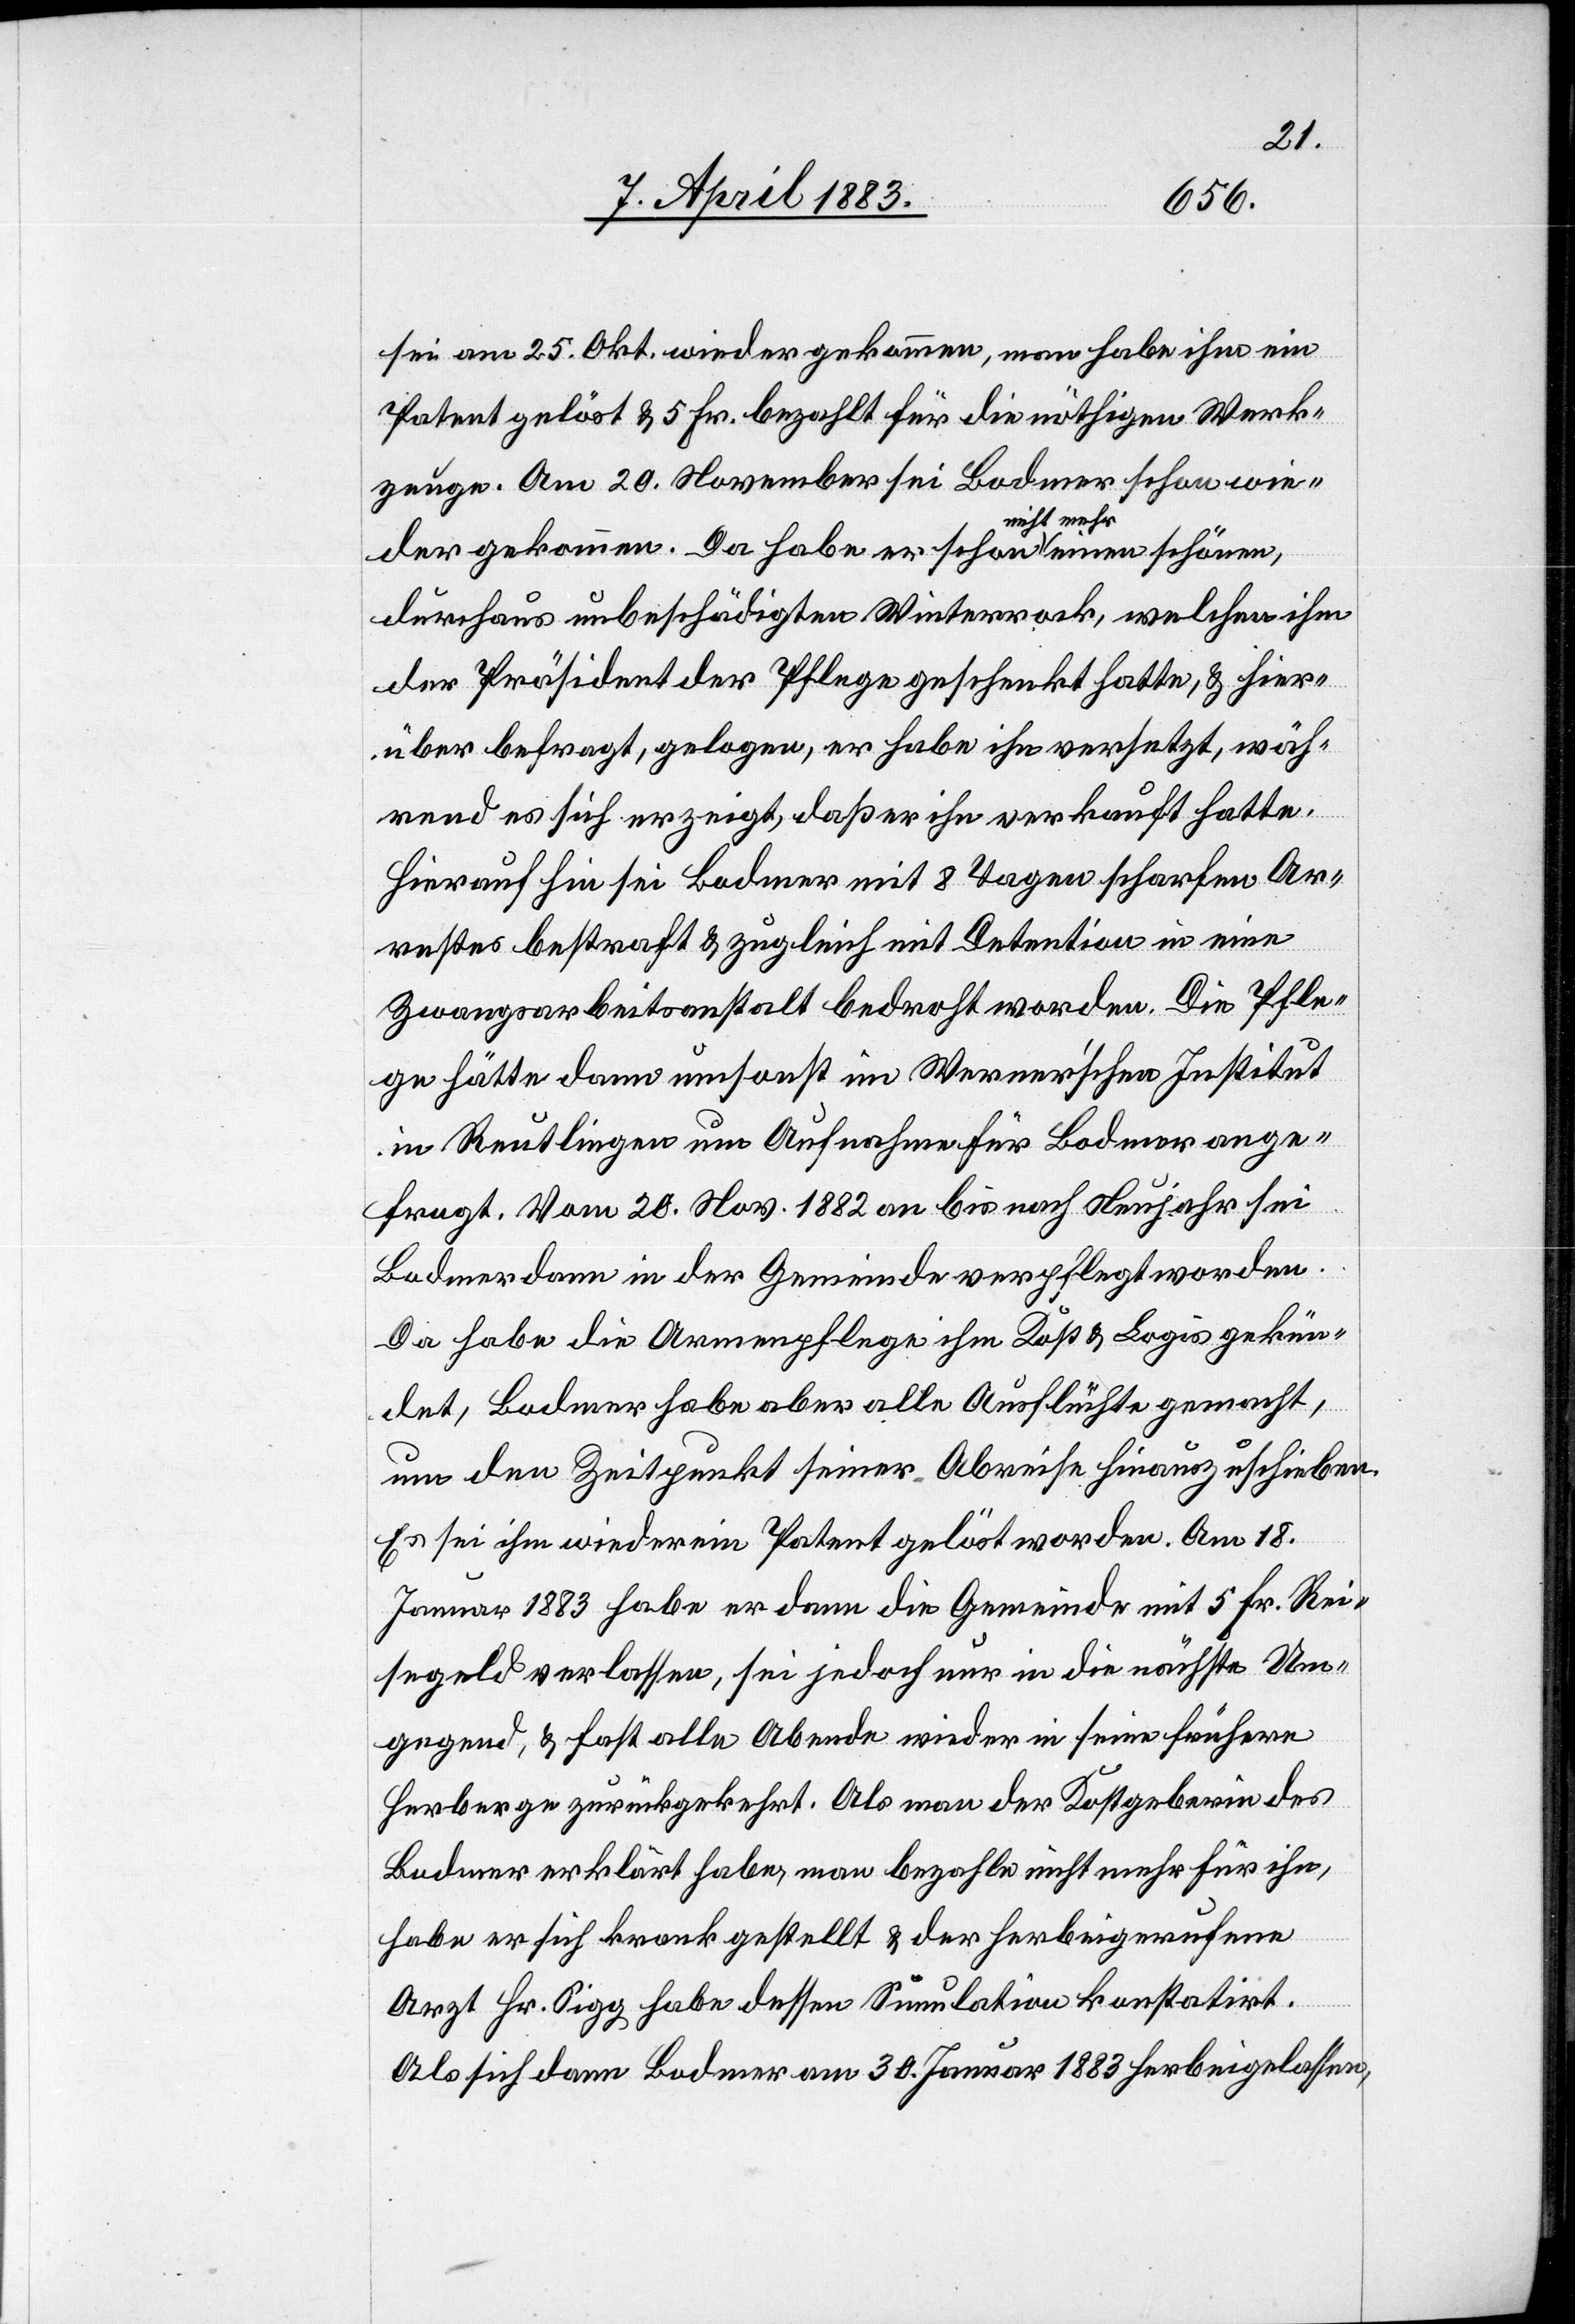
hier¬
sei am 25. Okt. wiedergekommen, man habe ihm ein
Patent gelöst & 5 Fr. bezahlt für die nöthigen Werk¬
zeuge. Am 20. November sei Bodmer schon wie¬
der gekommen. Da habe er schon nicht mehr einen schönen,
durchaus unbeschädigten Winterrock, welchen ihm
der Präsident der Pflege geschenkt hatte [getragen],
über befragt, gelogen, er habe ihn versetzt, wäh¬
rend es sich erzeigt, daß er ihn verkauft hatte.
Hierauf hin sei Bodmer mit 8 Tagen scharfen Ar¬
restes bestraft & zugleich mit Detention in eine
Zwangsarbeitsanstalt bedroht worden. Die Pfle¬
ge hätte dann umsonst im Werner’schen Institut
in Reutlingen um Aufnahme für Bodmer ange¬
fragt. Vom 20. Nov. 1882 an bis nach Neujahr sei
Bodmer dann in der Gemeinde verpflegt worden.
Da habe die Armenpflege ihm Kost & Logis gekün¬
det, Bodmer habe aber alle Ausflüchte gemacht,
um den Zeitpunkt seiner Abreise hinauszuschieben.
Es sei ihm wieder ein Patent gelöst worden. Am 18.
Januar 1883 habe er dann die Gemeinde mit 5 Fr. Rei¬
segeld verlassen, sei jedoch nur in die nächste Um¬
gegend & fast alle Abende wieder in seine frühere
Herberge zurückgekehrt. Als man der Kostgeberin des
Bodmer erklärt habe, man bezahle nicht mehr für ihn,
habe er sich krank gestellt & der herbeigerufene
Arzt Hr. Sigg habe dessen Simulation konstatirt.
Als sich dann Bodmer am 30. Januar 1883 herbeigelassen,